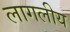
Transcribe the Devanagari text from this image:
लागलीय